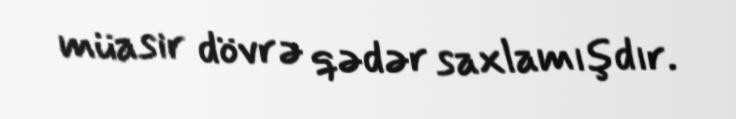
müasir dövrə qədər saxlamışdır.